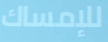
للإمساك